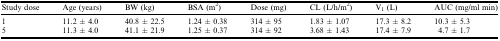
<table><thead><tr><td><b>Study dose</b></td><td><b>Age (years)</b></td><td><b>BW (kg)</b></td><td><b>BSA (m<sup>2</sup>)</b></td><td><b>Dose (mg)</b></td><td><b>CL (L/h/m<sup>2</sup>)</b></td><td><b>V<sub>1</sub> (L)</b></td><td><b>AUC (mg/ml min)</b></td></tr></thead><tbody><tr><td>1</td><td>11.2 ± 4.0</td><td>40.8 ± 22.5</td><td>1.24 ± 0.38</td><td>314 ± 95</td><td>1.83 ± 1.07</td><td>17.3 ± 8.2</td><td>10.3 ± 5.3</td></tr><tr><td>5</td><td>11.3 ± 4.0</td><td>41.1 ± 21.9</td><td>1.25 ± 0.37</td><td>314 ± 92</td><td>3.68 ± 1.43</td><td>17.4 ± 7.9</td><td>4.7 ± 1.7</td></tr></tbody></table>